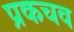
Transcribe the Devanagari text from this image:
प्रकचव